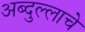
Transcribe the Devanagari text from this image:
अब्दुल्लाचे